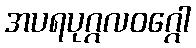
အပရပုဂ္ဂလဝဂ္ဂေါ